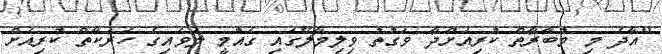
"އާދެ މި މުބާރާތް ކުރިއަށްދާ ވަގުތު ވިލިމާލޭގައި ގައުމީ ލަވައިގެ ހަރަކާތް ކުރިއަށް